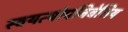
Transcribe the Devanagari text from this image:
स्वयत्योपनिवेशिय